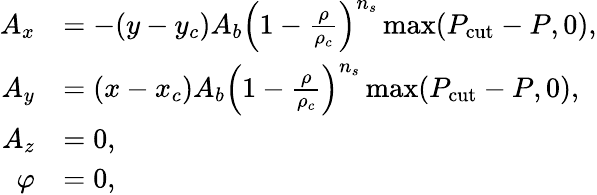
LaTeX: \begin{array}{rl}{A_{x}}&{=-(y-y_{c})A_{b}\left(1-\frac{\rho}{\rho_{c}}\right)^{n_{s}}\operatorname*{max}(P_{\mathrm{cut}}-P,0),}\\ {A_{y}}&{=(x-x_{c})A_{b}\left(1-\frac{\rho}{\rho_{c}}\right)^{n_{s}}\operatorname*{max}(P_{\mathrm{cut}}-P,0),}\\ {A_{z}}&{=0,}\\ {\varphi}&{=0,}\end{array}